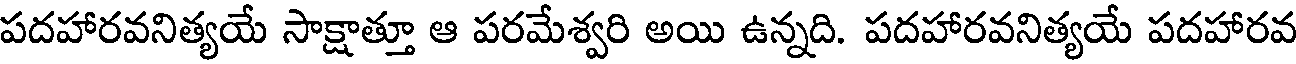
పదహారవనిత్యయే సాక్షాత్తూ ఆ పరమేశ్వరి అయి ఉన్నది. పదహారవనిత్యయే పదహారవ